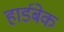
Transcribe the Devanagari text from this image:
हार्डबेक